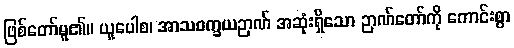
ဖြစ်တော်မူ၏။ ယူပေါစ၊ အာသဝက္ခယဉာဏ် အဆုံးရှိသော ဉာဏ်တော်ကို ကောင်းစွာ